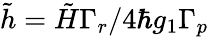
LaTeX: \tilde{h}={\tilde{H}\Gamma_{r}}/{4\hbar g_{1}\Gamma_{p}}